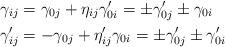
LaTeX: \begin{align*}\gamma_{ij} &= \gamma_{0j} + \eta_{ij} \gamma_{0i}' = \pm \gamma_{0j}' \pm \gamma_{0i} \\\gamma_{ij}' &= -\gamma_{0j} + \eta_{ij}' \gamma_{0i} = \pm \gamma_{0j}' \pm \gamma_{0i}' \end{align*}